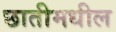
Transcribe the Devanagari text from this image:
छातीमधील